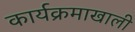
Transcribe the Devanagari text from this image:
कार्यक्रमाखाली